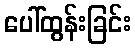
ပေါ်ထွန်းခြင်း